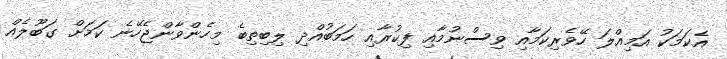
އެކަމަކު އަމިއްލަ ހޭވެރިކަމާއި ވިސްނުމާއި ފިކުރާއި ހަމަބުއްދި ލިބިތިބެ މިހެންވާންޖެހޭނެ ކަމަށް ގަބޫލެއް